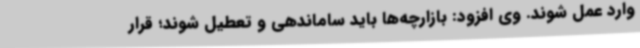
وارد عمل شوند. وی افزود: بازارچه‌ها باید ساماندهی و تعطیل شوند؛ قرار